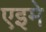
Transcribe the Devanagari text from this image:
एइमे